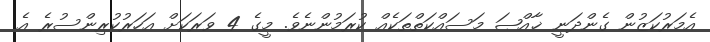
އެމަރުކަޒުން ގެންދަނީ ޚާއްޞަ މަސައްކަތްތަކެއް ކުރަމުންނެވެ. މީގެ 4 ވަރަކަށް އަހަރުކުރިންސުރެ އެ